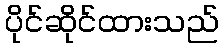
ပိုင်ဆိုင်ထားသည်